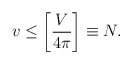
\begin{align*}v\leq \left[{V\over 4\pi}\right]\equiv N.\end{align*}